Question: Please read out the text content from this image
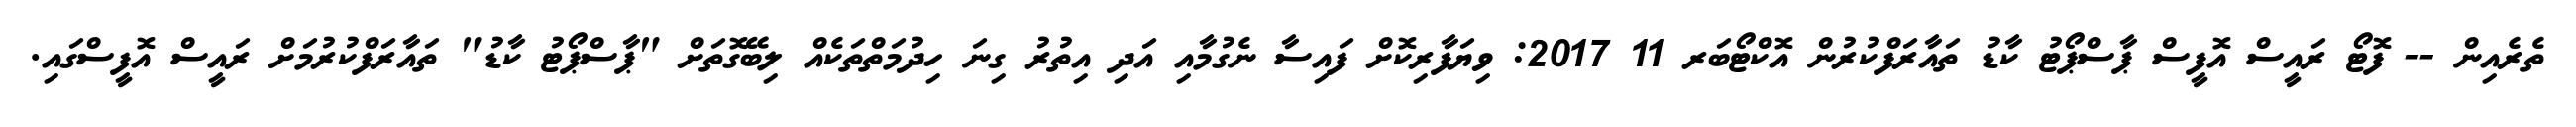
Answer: ތެރެއިން -- ފޮޓޯ ރައީސް އޮފީސް ޕާސްޕޯޓު ކާޑު ތައާރަފްކުރުން އޮކްޓޯބަރ 11 2017: ވިޔަފާރިކޮށް ފައިސާ ނެގުމާއި އަދި އިތުރު ގިނަ ހިދުމަތްތަކެއް ލިބޭގޮތަށް "ޕާސްޕޯޓު ކާޑު" ތައާރަފްކުރުމަށް ރައީސް އޮފީސްގައި.